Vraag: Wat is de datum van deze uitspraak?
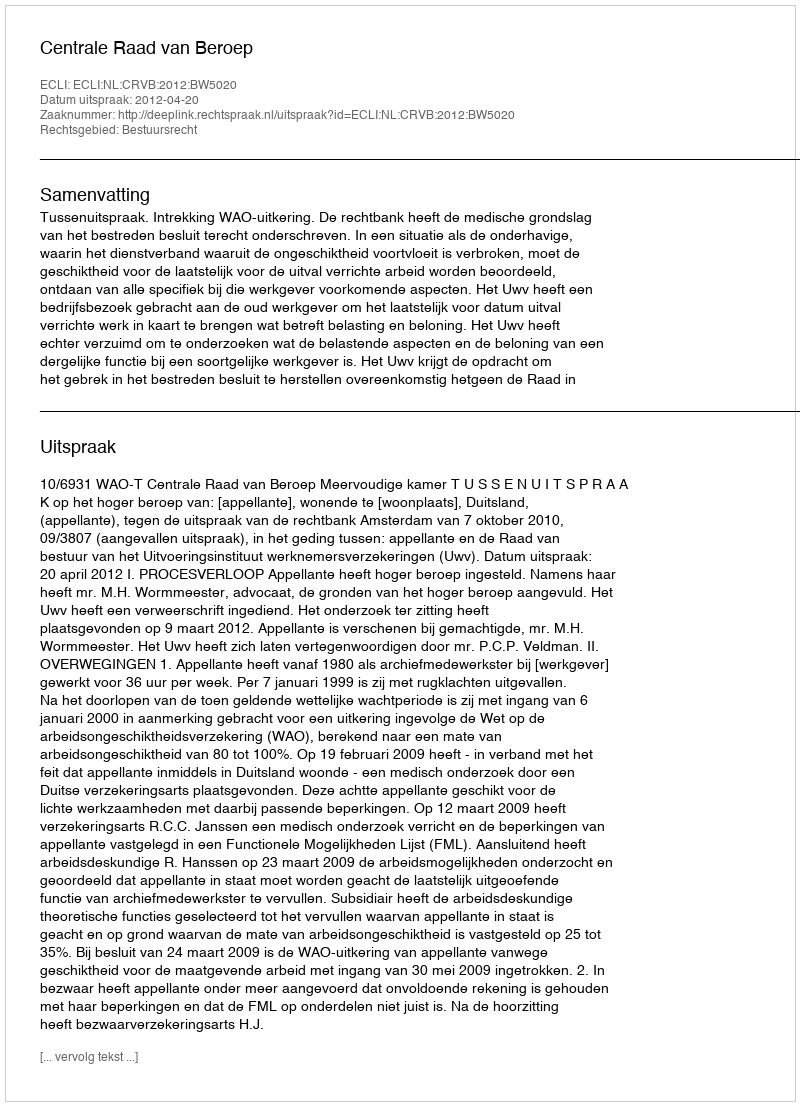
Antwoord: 2012-04-20